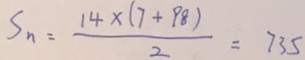
S _ { n } = \frac { 1 4 \times ( 7 + 9 8 ) } { 2 } = 7 3 5